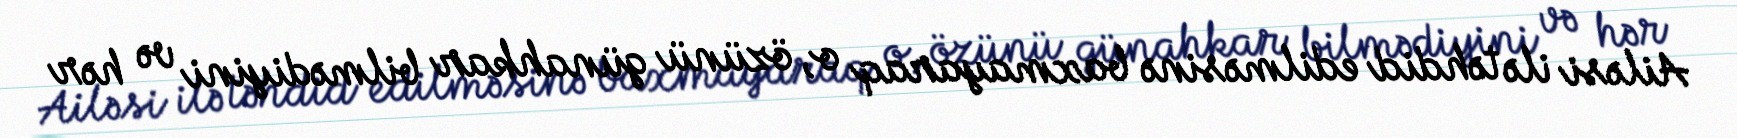
Ailəsi ilə təhdid edilməsinə baxmayaraq o, özünü günahkar bilmədiyini və hər